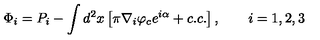
\Phi _ { i } = P _ { i } - \int d ^ { 2 } x \left[ \pi \nabla _ { i } \varphi _ { c } e ^ { i \alpha } + c . c . \right] , \qquad i = 1 , 2 , 3